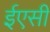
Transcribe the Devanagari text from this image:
ईएसी